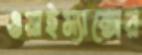
ওয়াইম্যাক্সের